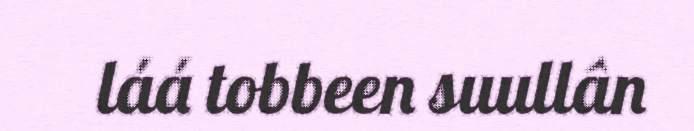
láá tobbeen suullân